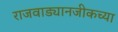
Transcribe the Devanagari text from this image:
राजवाड्यानजीकच्या